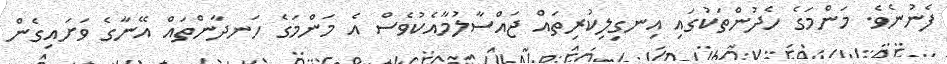
ފެނުނެވެ. މަންމަގެ ހެދުންތަކުގައި އިނގިލިކުރިތައް ޖައްސާލުމާއެކުވެސް އެ މަންމަގެ ހަނދާންތައް އޭނާގެ ވަށައިގެން